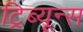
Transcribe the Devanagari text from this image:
ट्रिब्यून्स